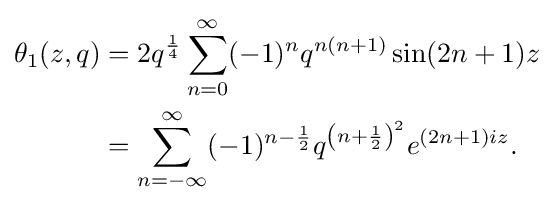
{\begin{aligned}\theta _{1}(z,q)&=2q^{\frac {1}{4}}\sum _{n=0}^{\infty }(-1)^{n}q^{n(n+1)}\sin(2n+1)z\\&=\sum _{n=-\infty }^{\infty }(-1)^{n-{\frac {1}{2}}}q^{\left(n+{\frac {1}{2}}\right)^{2}}e^{(2n+1)iz}.\end{aligned}}